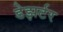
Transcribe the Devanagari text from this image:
डेझर्टर